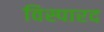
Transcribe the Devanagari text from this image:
विस्पारद